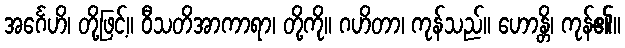
အင်္ဂေဟိ၊ တို့ဖြင့်။ ဝီသတိအာကာရာ၊ တို့ကို။ ဂဟိတာ၊ ကုန်သည်။ ဟောန္တိ၊ ကုန်၏။